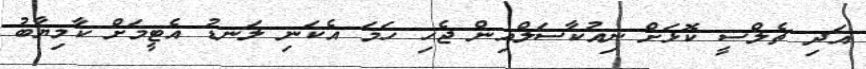
އަދި ޗެލްސީ ކޮޅަށް ނިއުކާސަލްއިން ޖެހި ހަމަ އެކަނި ލަނޑު އެޓީމަށް ކާމިޔާބު